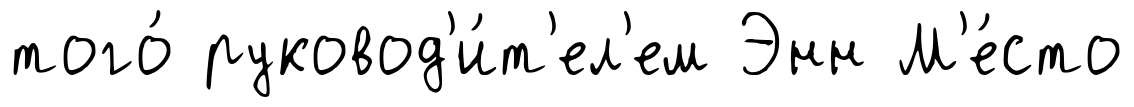
того́ руковод'и́т'ел'ем Энн М'е́сто